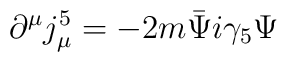
\partial^\mu j_\mu^5 = -2m \bar\Psi i \gamma_5 \Psi